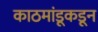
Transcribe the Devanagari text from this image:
काठमांडूकडून